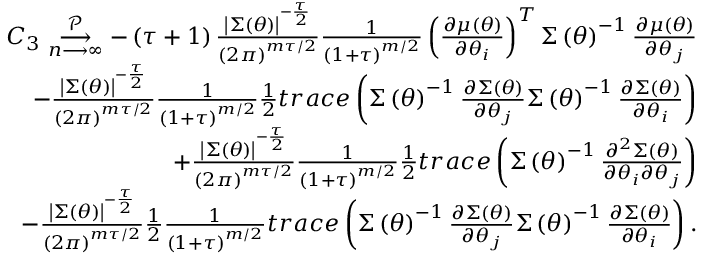
\begin{array} { r l r } & { } & { C _ { 3 } \underset { n \longrightarrow \infty } { \overset { \mathcal { P } } { \longrightarrow } } - \left( \tau + 1 \right) \frac { \left\vert \boldsymbol { \Sigma } \left( \boldsymbol { \theta } \right) \right\vert ^ { - \frac { \tau } { 2 } } } { \left( 2 \pi \right) ^ { m \tau / 2 } } \frac { 1 } { \left( 1 + \tau \right) ^ { m / 2 } } \left( \frac { \partial \boldsymbol { \mu } \left( \boldsymbol { \theta } \right) } { \partial \theta _ { i } } \right) ^ { T } \boldsymbol { \Sigma } \left( \boldsymbol { \theta } \right) ^ { - 1 } \frac { \partial \boldsymbol { \mu } \left( \boldsymbol { \theta } \right) } { \partial \theta _ { j } } } \\ & { } & { - \frac { \left\vert \boldsymbol { \Sigma } \left( \boldsymbol { \theta } \right) \right\vert ^ { - \frac { \tau } { 2 } } } { \left( 2 \pi \right) ^ { m \tau / 2 } } \frac { 1 } { \left( 1 + \tau \right) ^ { m / 2 } } \frac { 1 } { 2 } t r a c e \left( \boldsymbol { \Sigma } \left( \boldsymbol { \theta } \right) ^ { - 1 } \frac { \partial \boldsymbol { \Sigma } \left( \boldsymbol { \theta } \right) } { \partial \theta _ { j } } \boldsymbol { \Sigma } \left( \boldsymbol { \theta } \right) ^ { - 1 } \frac { \partial \boldsymbol { \Sigma } \left( \boldsymbol { \theta } \right) } { \partial \theta _ { i } } \right) } \\ & { } & { + \frac { \left\vert \boldsymbol { \Sigma } \left( \boldsymbol { \theta } \right) \right\vert ^ { - \frac { \tau } { 2 } } } { \left( 2 \pi \right) ^ { m \tau / 2 } } \frac { 1 } { \left( 1 + \tau \right) ^ { m / 2 } } \frac { 1 } { 2 } t r a c e \left( \boldsymbol { \Sigma } \left( \boldsymbol { \theta } \right) ^ { - 1 } \frac { \partial ^ { 2 } \boldsymbol { \Sigma } \left( \boldsymbol { \theta } \right) } { \partial \theta _ { i } \partial \theta _ { j } } \right) } \\ & { } & { - \frac { \left\vert \boldsymbol { \Sigma } \left( \boldsymbol { \theta } \right) \right\vert ^ { - \frac { \tau } { 2 } } } { \left( 2 \pi \right) ^ { m \tau / 2 } } \frac { 1 } { 2 } \frac { 1 } { \left( 1 + \tau \right) ^ { m / 2 } } t r a c e \left( \boldsymbol { \Sigma } \left( \boldsymbol { \theta } \right) ^ { - 1 } \frac { \partial \boldsymbol { \Sigma } \left( \boldsymbol { \theta } \right) } { \partial \theta _ { j } } \boldsymbol { \Sigma } \left( \boldsymbol { \theta } \right) ^ { - 1 } \frac { \partial \boldsymbol { \Sigma } \left( \boldsymbol { \theta } \right) } { \partial \theta _ { i } } \right) . } \end{array}